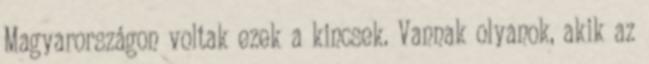
Magyarországon voltak ezek a kincsek. Vannak olyanok, akik az